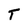
Character: T